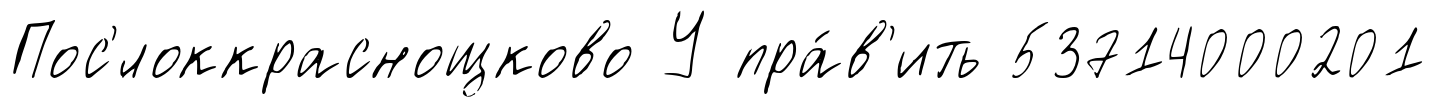
Пос'́локкраснощково У пра́в'ить 53714000201